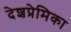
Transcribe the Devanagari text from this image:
देशप्रेमिका